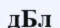
дБл